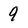
Character: 9